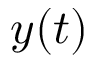
y ( t )